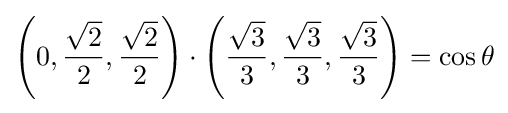
\left(0,{\frac {\sqrt {2}}{2}},{\frac {\sqrt {2}}{2}}\right)\cdot \left({\frac {\sqrt {3}}{3}},{\frac {\sqrt {3}}{3}},{\frac {\sqrt {3}}{3}}\right)=\cos \theta